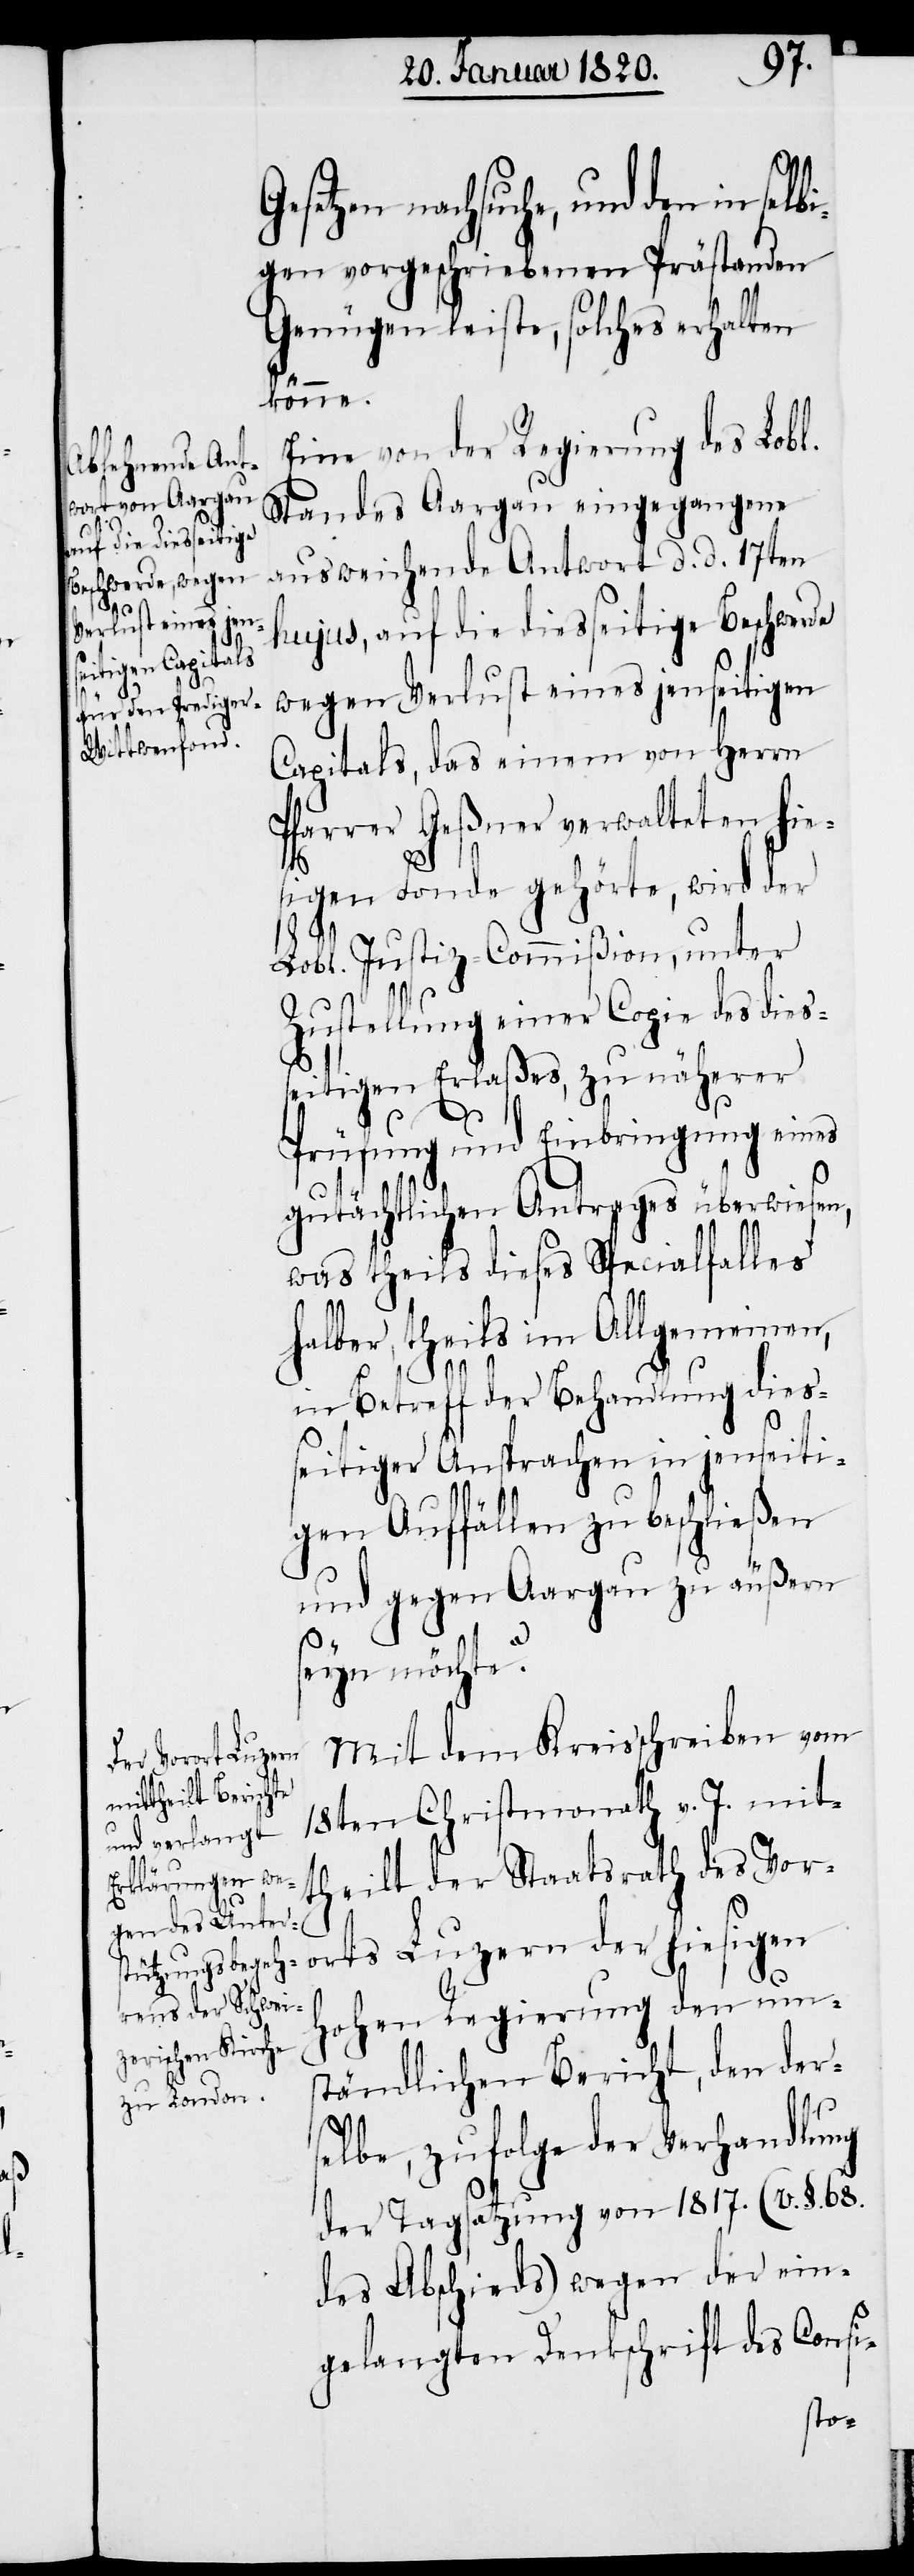
Gesetzen nachsuche, und den in selb¬
igen vorgeschriebenen Prästanden
Genügen leiste, solches erhalten
könne.
Eine von der Regierung des Lobl.
Standes Aargau eingegangene
ausweichende Antwort d. d. 17ten
hujus, auf die diesseitige Beschwerde
wegen Verlust eines jenseitigen
Capitals, das einem von Herrn
Pfarrer Geßner verwalteten hie¬
sigen Fonde gehörte, wird der
Lobl. Justiz-Commißion, unter
Zustellung einer Copie des dies¬
seitigen Erlaßes, zu näherer
Prüfung und Einbringung eines
gutächtlichen Antrages überwiesen,
was theils dieses Specialfalles
halber, theils im Allgemeinen,
in Betreff der Behandlung dies¬
seitiger Ansprachen in jenseiti¬
gen Auffällen zu beschließen
und gegen Aargau zu äußern
seyn möchte?
Mit dem Kreisschreiben vom
18ten Christmonath v. J. mit¬
theilt der Staatsrath des Vor¬
orts Luzern der hiesigen
Hohen Regierung den um¬
ständlichen Bericht, den der¬
selbe, zufolge der Verhandlung
der Tagsatzung von 1817. (v. §. 68.
des Abschieds) wegen der ein¬
gelangten Denkschrift des Consi-